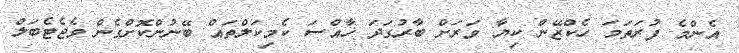
އެންމެ ފުރަތަމަ ހެކްޒޭން ކިޔާ ވަރަށް ބާރުގަދަ ޚާއްސަ ކެމިކަލްތައް ބޭނުންކޮށްގެން ވެޖެޓެބަލް